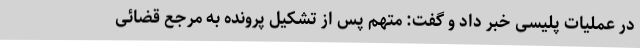
در عملیات پلیسی خبر داد و گفت: متهم پس از تشکیل پرونده به مرجع قضائی